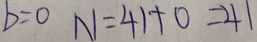
b = 0 N = 4 1 + 0 = 4 1